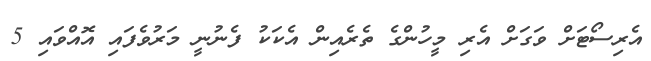
އެރިސޯޓަށް ވަގަށް އެރި މީހުންގެ ތެރެއިން އެކަކު ފެނުނީ މަރުވެފައި އޮއްވައި 5